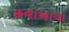
હવાખાવા